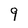
Character: 9